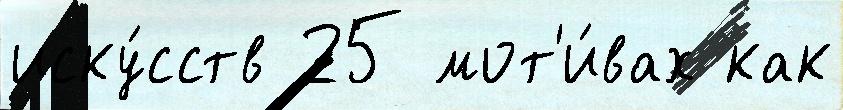
иску́сств 25 мот'и́вах как